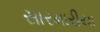
સારમારીયા